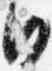
日